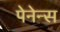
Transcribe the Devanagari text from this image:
पेनेन्स